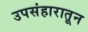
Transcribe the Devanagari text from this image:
उपसंहारातून